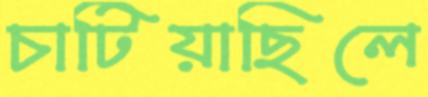
চাটিয়াছিলে